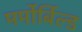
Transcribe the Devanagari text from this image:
मर्मोर्बिल्ड